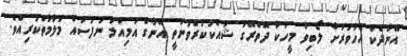
އޭނާދެކެ އެހާވަރަށް ލޯބިވާ މީހަކާ ދޭތެރޭގަ ޝައްކުކުރެވުނަތީ އޭނާގެ އަމިއްލަ ނަފުސައް މަލާމާތްކުރިއެވެ.